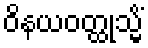
ဝိနယဝတ္ထုသ္မိံ